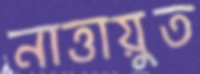
নাত্তায়ুত